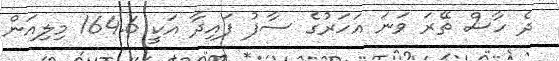
ދެ ހާސް ތޭރަ ވަނަ އަހަރުގެ ސާފު ފައިދާ އަކީ 164.6 މިލިއަން